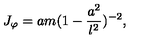
J _ { \varphi } = a m ( 1 - \frac { a ^ { 2 } } { l ^ { 2 } } ) ^ { - 2 } ,